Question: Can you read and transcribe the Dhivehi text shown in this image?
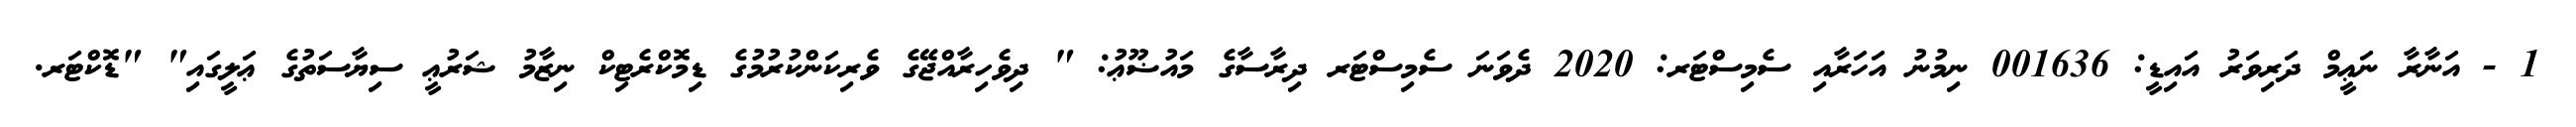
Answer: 1 - އަނާރާ ނަޢީމް ދަރިވަރު އައިޑީ: 001636 ނިމުނު އަހަރާއި ސެމިސްޓަރ: 2020 ދެވަނަ ސެމިސްޓަރ ދިރާސާގެ މައުޟޫޢު: " ދިވެހިރާއްޖޭގެ ވެރިކަންކުރުމުގެ ޑިމޮކްރެޓިކް ނިޒާމު ޝަރުޢީ ސިޔާސަތުގެ ޢަލީގައި" "ޑޮކްޓަރ.